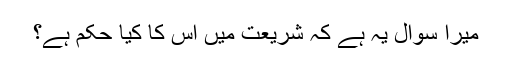
میرا سوال یہ ہے کہ شریعت میں اس کا کیا حکم ہے؟